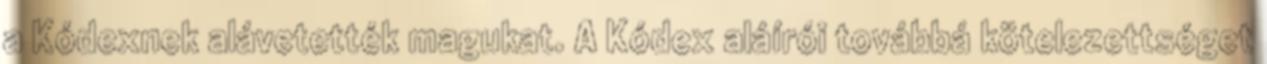
a Kódexnek alávetették magukat. A Kódex aláírói továbbá kötelezettséget